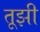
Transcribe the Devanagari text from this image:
तूझी